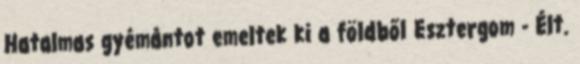
Hatalmas gyémántot emeltek ki a földből Esztergom - Élt.